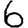
Digit: 6